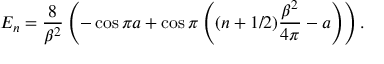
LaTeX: { \cal E } _ { n } = \frac { 8 } { \beta ^ { 2 } } \left( - \cos \pi a + \cos { \pi } \left( ( n + 1 / 2 ) \frac { \beta ^ { 2 } } { 4 \pi } - a \right) \right) .